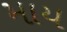
માય